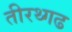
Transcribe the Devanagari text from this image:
तीरथ्गढ